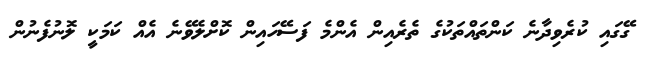
ގޭގައި ކުރެވިދާނެ ކަންތައްތަކުގެ ތެރެއިން އެންމެ ފަސޭހައިން ކޮށްލެވޭނެ އެއް ކަމަކީ ލޮނުފެނުން